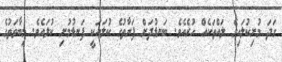
ގަދަ މުށިކުލައިގެ ލައްތަކެއް ހުރެއެވެ. ބަނޑުދަށް ފަރާތުގެ ކުލައަކީ ފަނޑުމުށި ކުލައެވެ. މިބާވަތުގެ